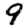
Digit: 9